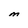
Character: M